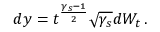
d y = t ^ { \frac { \gamma _ { s } - 1 } { 2 } } \sqrt { \gamma _ { s } } d W _ { t } \, .